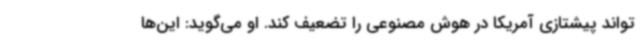
‌تواند پیشتازی آمریکا در هوش مصنوعی را تضعیف کند. او می‌گوید: این‌ها